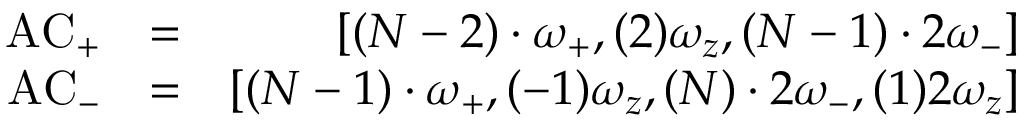
\begin{array} { r l r } { \mathrm { A C } _ { + } } & { = } & { \left[ ( N - 2 ) \cdot \omega _ { + } , ( 2 ) \omega _ { z } , ( N - 1 ) \cdot 2 \omega _ { - } \right] } \\ { \mathrm { A C } _ { - } } & { = } & { \left[ ( N - 1 ) \cdot \omega _ { + } , ( - 1 ) \omega _ { z } , ( N ) \cdot 2 \omega _ { - } , ( 1 ) 2 \omega _ { z } \right] } \end{array}